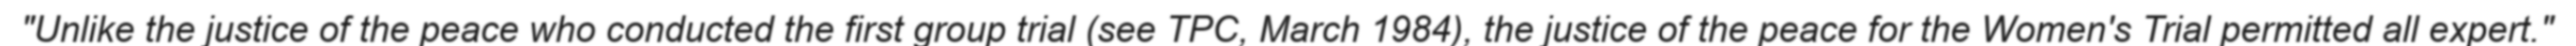
"Unlike the justice of the peace who conducted the first group trial (see TPC, March 1984), the justice of the peace for the Women's Trial permitted all expert."